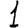
Digit: 1